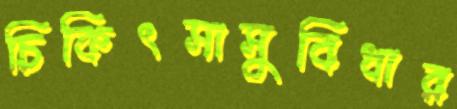
চিকিৎসাসুবিধার